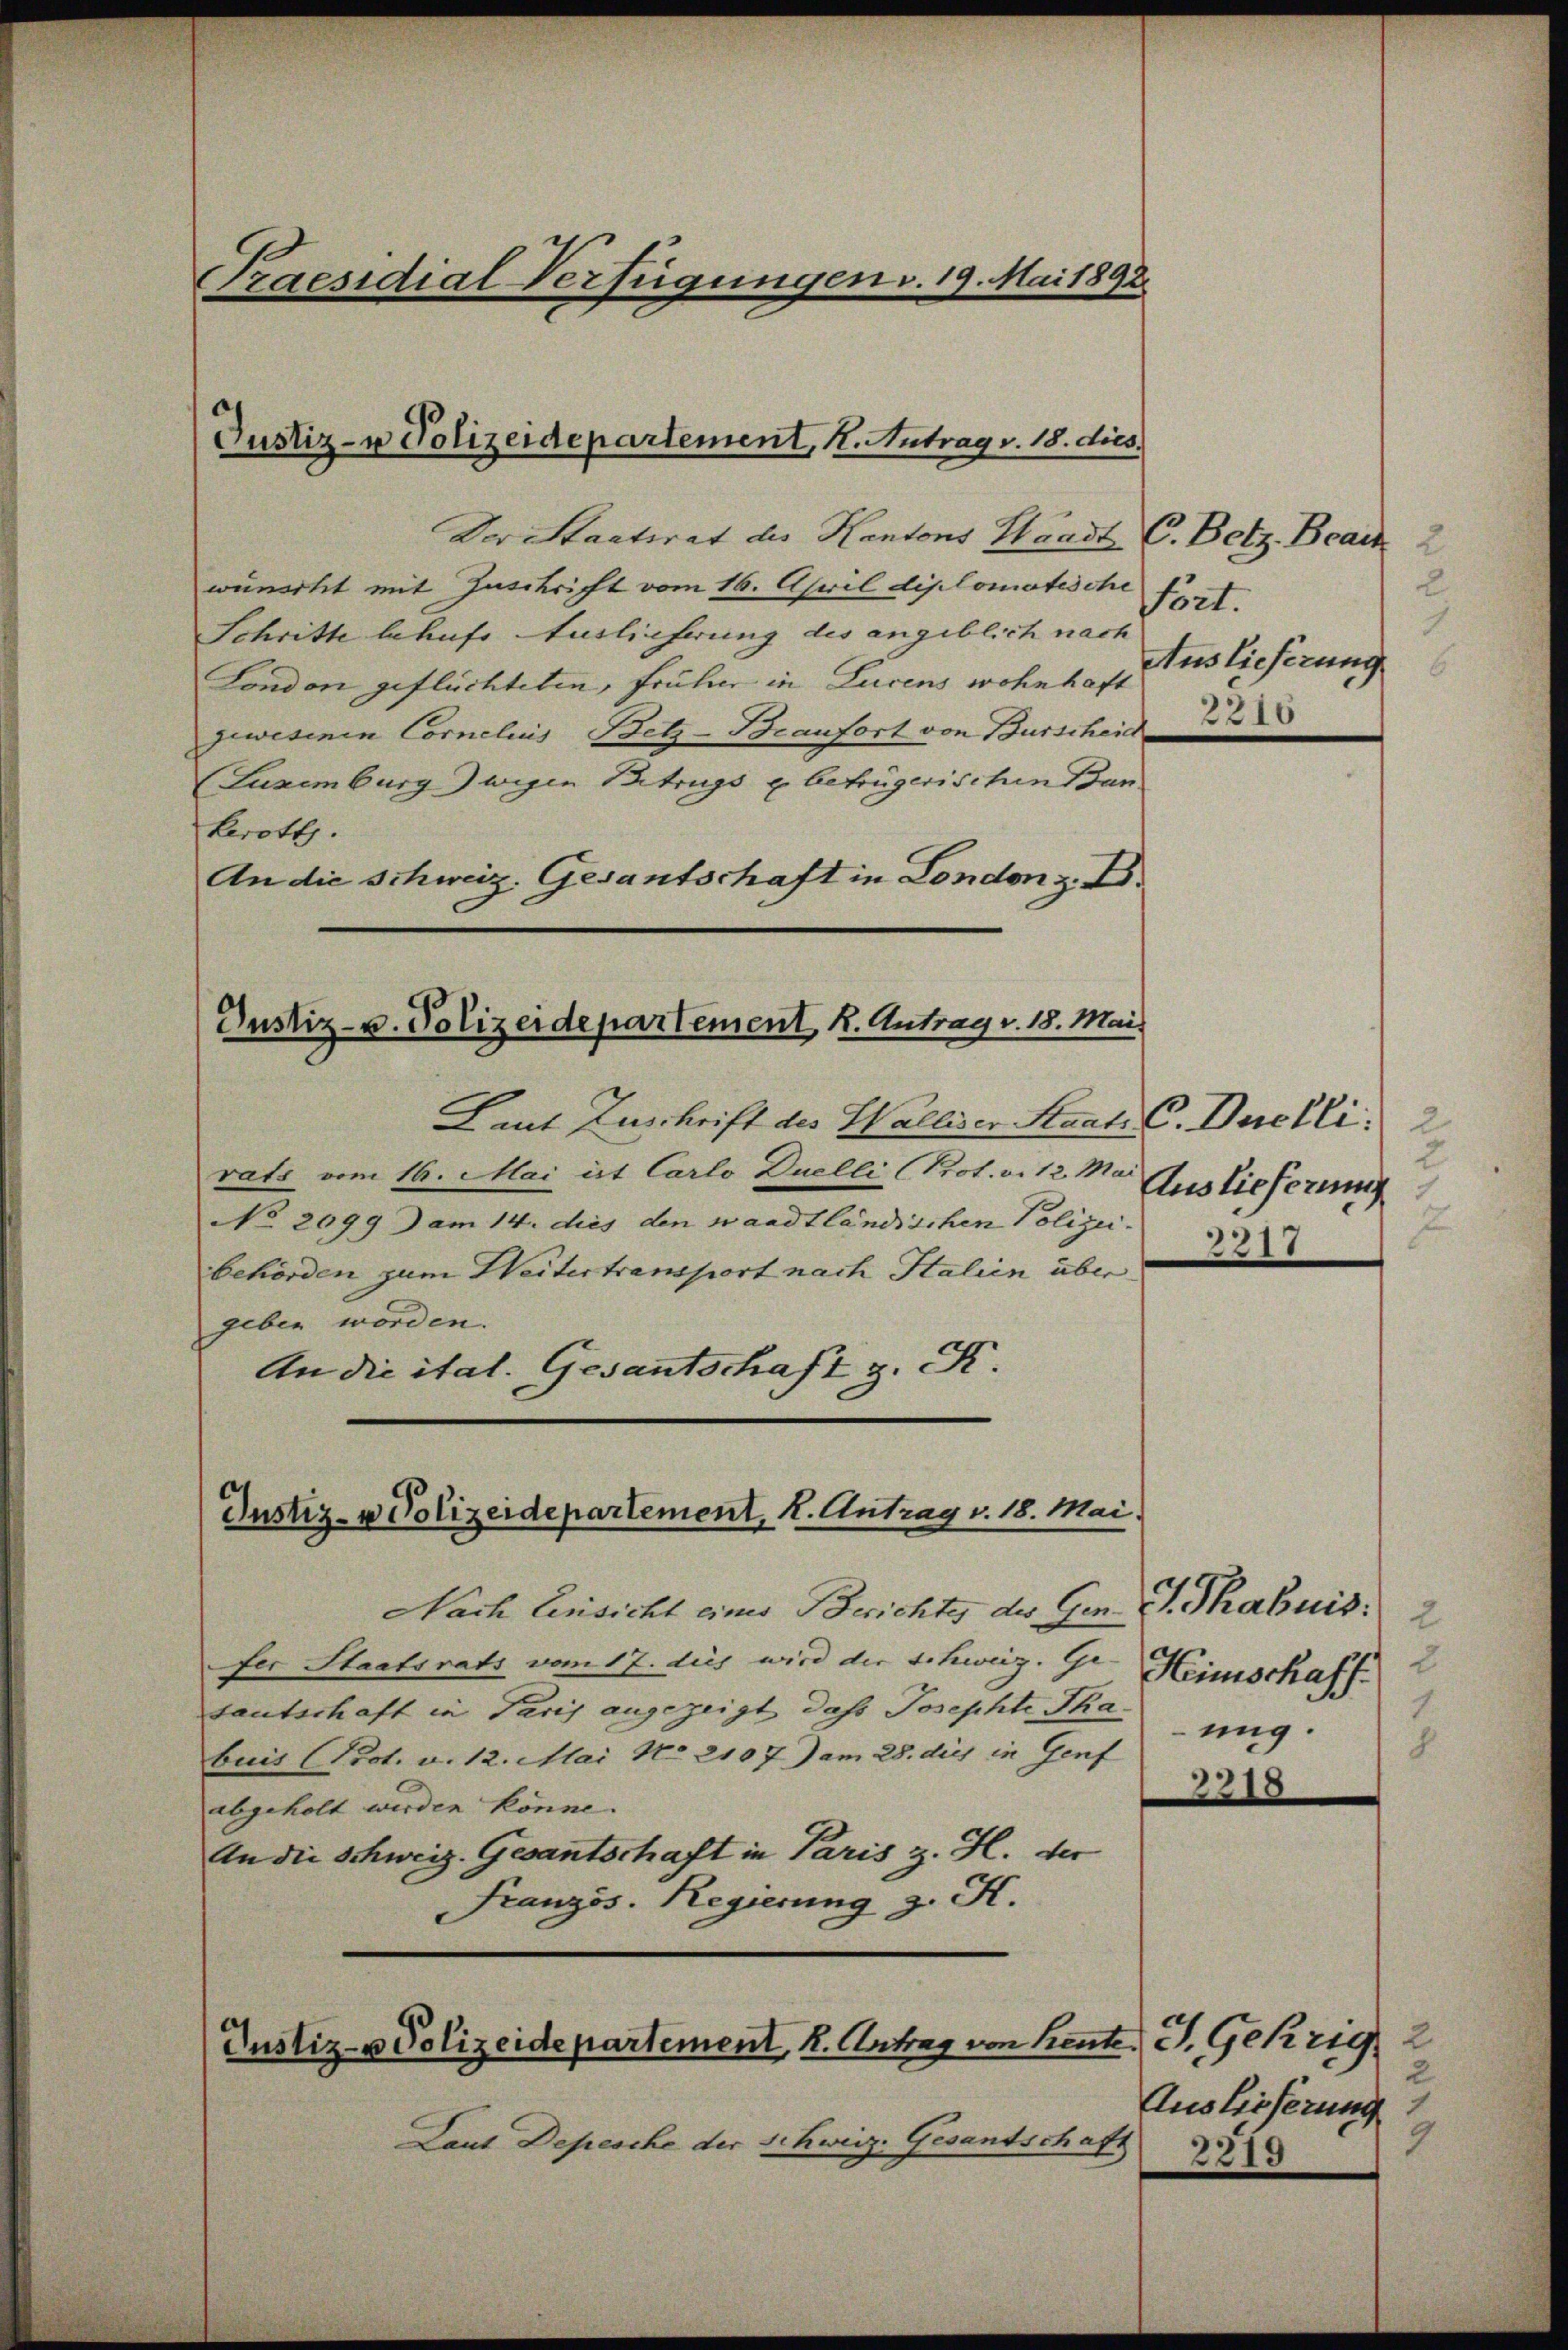
Praesidial-Verfügungen v. 19. Mai 1892.

Justiz- u Polizeidepartement, 1. Antrag v. 18. dies

Justiz- u. Polizeidepartement k. Antrag v. 18. Mai.

Justiz- & Polizeidepartement, K. Antrag v. 18. Mai.

Justiz- & Polizeidepartement, k. Antrag von heute J. Gehrig 2

Der Staatsrat des Kantons Waadt C. Betz, Beack 2
wünscht mit Inschrift vom 16. April diplomatische
Schritte behufs Auslieferung des angeblich nach
London geflüchteten, früher in Lucens wohnhaft
gewesenen Cornelis Betz-Beaufort von Burscheid
Luxenburg wegen Patrugs u. betrügerischen Bankerott.
An die Schweiz. Gesantschaft in London z. B.

Laut Zuschrift des Walliser Staat. C. Duchli
rats vom 16. Mai ist Carlo Duelli (Prot. v. 12. Mar
No 2099) am 14. dies den waadtländischen Polizei-
behörden zum Weitertramport nach Italien über
geben worden.
An die ital. Gesantschaft z. K.

Nach Einsicht eines Berichtes des Gen. G. Thabuis:
fer Staatsrats vom 17. dies wird der Schweiz. Ge- |
sautschaft in Paris angezeigt dass Josephti Thaung.
buis Prot. v. 12. Mai No 2107 Juni 28. dies in Genf
abgeholt werden könne.
An die Schweiz. Gesantschaft in Paris z. H. der
Französ. Regierung z. K.

Laut Depesche der Schweiz. Gesantschaft

2
ört.
.
Auslieferung
2210

2
Auslieferung
2
2217

2
Heimschaff
1.
B

2
Auslieferung
9.

2219